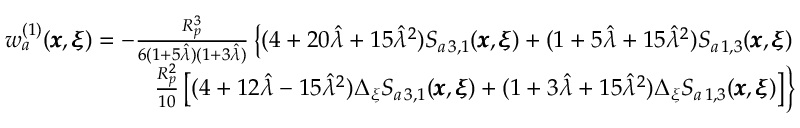
\begin{array} { r l r } & { } & { w _ { a } ^ { ( 1 ) } ( { \pmb x } , { \pmb \xi } ) = - \frac { R _ { p } ^ { 3 } } { 6 ( 1 + 5 \hat { \lambda } ) ( 1 + 3 \hat { \lambda } ) } \left\{ ( 4 + 2 0 \hat { \lambda } + 1 5 \hat { \lambda } ^ { 2 } ) S _ { a \, 3 , 1 } ( { \pmb x } , { \pmb \xi } ) + ( 1 + 5 \hat { \lambda } + 1 5 \hat { \lambda } ^ { 2 } ) S _ { a \, 1 , 3 } ( { \pmb x } , { \pmb \xi } ) \right. } \\ & { } & { \left. \frac { R _ { p } ^ { 2 } } { 1 0 } \left[ ( 4 + 1 2 \hat { \lambda } - 1 5 \hat { \lambda } ^ { 2 } ) \Delta _ { \xi } S _ { a \, 3 , 1 } ( { \pmb x } , { \pmb \xi } ) + ( 1 + 3 \hat { \lambda } + 1 5 \hat { \lambda } ^ { 2 } ) \Delta _ { \xi } S _ { a \, 1 , 3 } ( { \pmb x } , { \pmb \xi } ) \right] \right\} } \end{array}